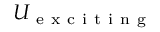
U _ { \mathrm { ~ e ~ x ~ c ~ i ~ t ~ i ~ n ~ g ~ } }